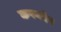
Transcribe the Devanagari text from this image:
करनदेव